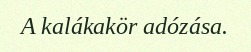
A kalákakör adózása.